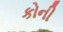
કોની